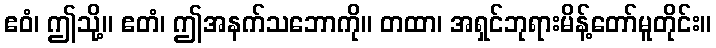
ဧဝံ၊ ဤသို့။ ဧတံ၊ ဤအနက်သဘောကို။ တထာ၊ အရှင်ဘုရားမိန့်တော်မူတိုင်း။